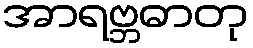
အာရဗ္ဘဓာတု